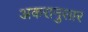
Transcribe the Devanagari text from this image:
अकरानुसार